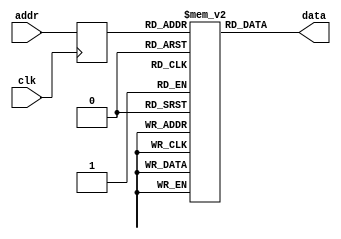
module rom
    #(
      parameter ADDR_WIDTH = 8,
                DATA_WIDTH = 32,
                INIT_FILE = ""
    )
    (
     input wire clk, 
     input wire [ADDR_WIDTH-1:0] addr,
     output wire [DATA_WIDTH-1:0] data
    );

    // signal declaration
    reg [DATA_WIDTH-1:0] rom [2**ADDR_WIDTH-1:0];
    reg [ADDR_WIDTH-1:0] addr_reg;

    // body
    always @(posedge clk)
        addr_reg <= addr;
    // read operation (synchronous)
    assign data = rom[addr_reg];
    // initial data
    generate if(INIT_FILE != "") 
    initial
        $readmemh(INIT_FILE, rom);
    endgenerate

endmodule